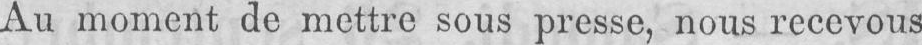
Au moment de mettre sous presse, nous recevons